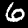
Digit: 6